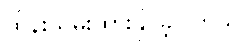
ထိန်းသိမ်းထားနိုင်ခဲ့ပါတယ်။